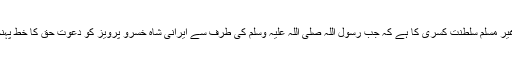
سب سے پہلا قابل ذکر باب ایران کی عظیم غیر مسلم سلطنت کسریٰ کا ہے کہ جب رسول اللہ صلی اللہ علیہ وسلم کی طرف سے ایرانی شاہ خسرو پرویز کو دعوتِ حق کا خط پہنچتا ہے اور وہ طیش میں وہ خط پھاڑدیتا ہے۔